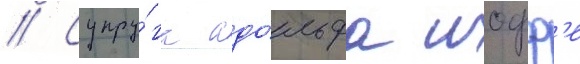
// Супру́га адо́льфа иофф'е